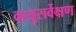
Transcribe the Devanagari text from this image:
वायुसर्वेक्षण